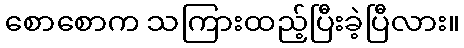
စောစောက သကြားထည့်ပြီးခဲ့ပြီလား။